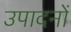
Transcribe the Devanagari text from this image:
उपादनों